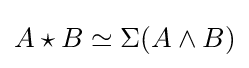
A\star B\simeq \Sigma (A\wedge B)